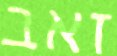
זאב